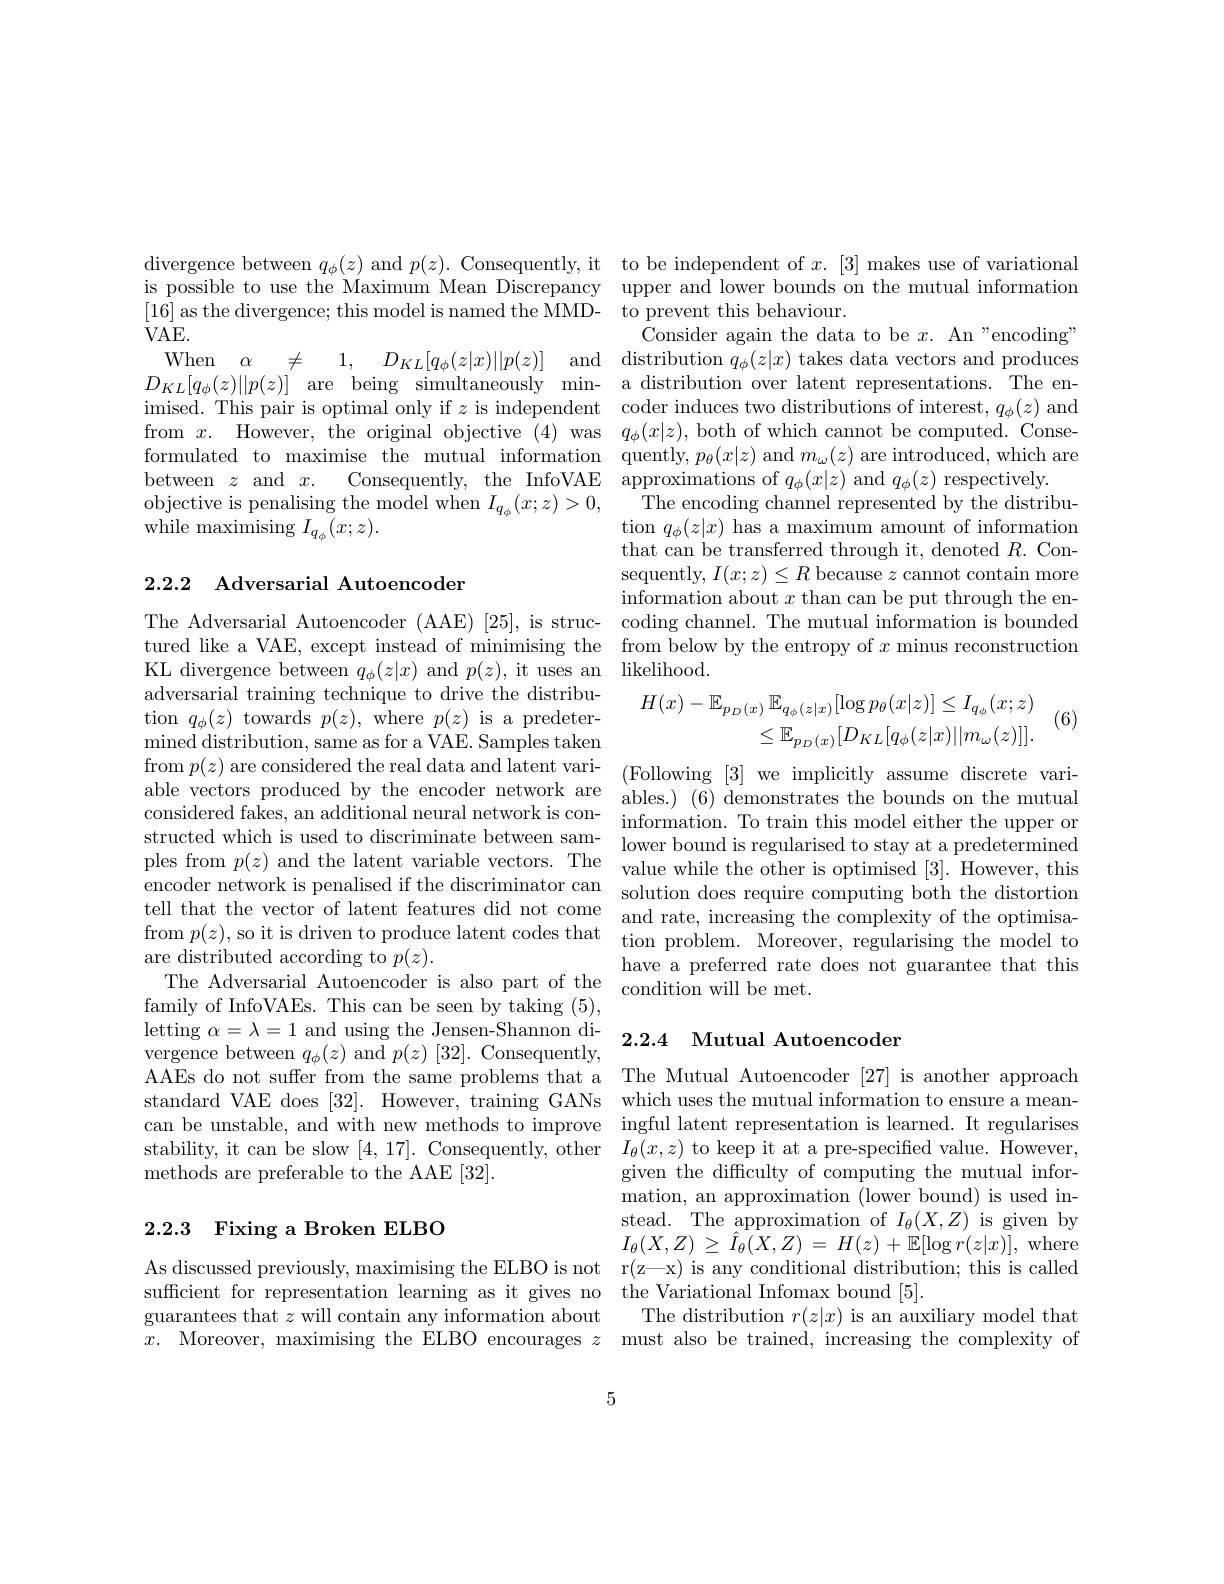
divergence between $q_\phi(z)$ and $p(z).$ Consequently, it to be independent of $x.[3]$ makes use of variational is possible to use the Maximum Mean Discrepancy upper and lower bounds on the mutual information [16] as the divergence; this model is named the MMD-
$VAE.$
When $\alpha$ $\neq$ 1, $D_{KL}[ q_{\phi }( z| x) | | p( z) ]$ and distribution $q_\phi ( z| x)$ takes data vectors and produces $D_{KL}[ q_\phi ( z) \| p( z) ]$ are being simultaneously min- a distribution over latent representations. The enimised. This pair is optimal only if $z$ is independent coder induces two distributions of interest, $q_\phi(z)$ and from $x.$ However, the original objective (4) was $q_\phi ( x| z) $,both of which cannot be computed. Conseformulated to maximise the mutual information quently,$p_\theta(x|z)$ and $m_\omega(z)$ are introduced, which are between $z$ and $x.$ Consequently, the InfoVAE approximations of $q_\phi(x|z)$ and $q_\phi(z)$ respectively.
objective is penalising the model when $I_q_{\phi}(x;z)>0$,
while maximising $I_{q_{\phi}}(x;z).$

## 2.2.2 Adversarial Autoencoder

adversarial training technique to drive the distribution $q_\phi(z)$ towards $p(z)$, where $p(z)$ is a predetermined distribution, same as for a VAE. Samples taken from $p(z)$ are considered the real data and latent variable vectors produced by the encoder network are structed which is used to discriminate between samtell that the vector of latent features did not come from $p(z)$,so it is driven to produce latent codes that are distributed according to $p(z).$
The Adversarial Autoencoder is also part of the family of InfoVAEs. This can be seen by taking (5), letting $\alpha=\lambda=1$ and using the Jensen-Shannon divergence between $q_\phi(z)$ and $p(z)[32].$ Consequently, AAEs do not suffer from the same problems that a The Mutual Autoencoder [27] is another approach standard VAE does [32]. However, training GANs which uses the mutual information to ensure a meancan be unstable, and with new methods to improve ingful latent representation is learned. It regularises stability, it can be slow [4,17]. Consequently, other $I_\theta(x,z)$ to keep it at a pre-specified value. However, methods are preferable to the AAE [32].

# 2.2.3 Fixing a Broken ELBO

5

to prevent this behaviour.
Consider again the data to be $x.$ An"encoding" The encoding channel represented by the distribu-
$\operatorname{tion}q_\phi(z|x)$ has a maximum amount of information that can be transferred through it, denoted $R.$ Consequently, $I(x;z)\leq R$ because $z$ cannot contain more information about $x$ than can be put through the en-
The Adversarial Autoencoder (AAE) [25], is struc- coding channel. The mutual information is bounded tured like a VAE, except instead of minimising the from below by the entropy of $x$ minus reconstruction KL divergence between $q_\phi(z|x)$ and $p(z)$, it uses an likelihood.
$$\begin{aligned}H(x)-\mathbb{E}_{p_{D}(x)}\mathbb{E}_{q_{\phi}(z|x)}[\log p_{\theta}(x|z)]&\leq I_{q_{\phi}}(x;z)\\&\leq\mathbb{E}_{p_{D}(x)}[D_{KL}[q_{\phi}(z|x)||m_{\omega}(z)]].\end{aligned}$$
(6)

(Following[3]we implicitly assume discrete variables.) (6) demonstrates the bounds on the mutual
considered fakes, an additional neural network is con- information. To train this model either the upper or
lower bound is regularised to stay at a predetermined
ples from $p(z)$ and the latent variable vectors. The value while the other is optimised [3]. However, this encoder network is penalised if the discriminator can solution does require computing both the distortion
and rate, increasing the complexity of the optimisation problem. Moreover, regularising the model to have a preferred rate does not guarantee that this condition will be met.

## 2.2.4 Mutual Autoencoder

given the difficulty of computing the mutual information, an approximation (lower bound) is used instead. The approximation of $I_\theta(X,Z)$ is given by $I_{\theta }( X, Z) \geq \hat{I} _{\theta }( X, Z)$ = $H( z)$ + $\mathbb{E} [ \log r( z| x) ] $, where
As discussed previously, maximising the ELBO is not r(z—x) is any conditional distribution; this is called
sufficient for representation learning as it gives no the Variational Infomax bound [5].
guarantees that $z$ will contain any information about The distribution $r(z|x)$ is an auxiliary model that $x.$ Moreover, maximising the ELBO encourages $z$ must also be trained, increasing the complexity of